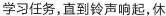
学习任务，直到铃声响起，休